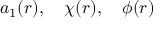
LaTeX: a _ { 1 } ( r ) , \quad \chi ( r ) , \quad \phi ( r )